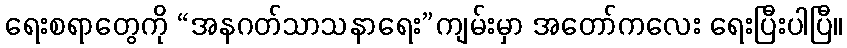
ရေးစရာတွေကို “အနဂတ်သာသနာရေး”ကျမ်းမှာ အတော်ကလေး ရေးပြီးပါပြီ။